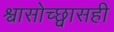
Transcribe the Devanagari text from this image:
श्वासोच्छ्वासही